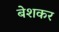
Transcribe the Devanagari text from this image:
बेशकर